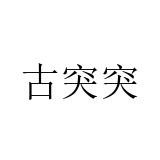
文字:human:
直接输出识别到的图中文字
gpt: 古突突